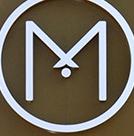
m